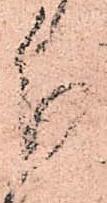
分